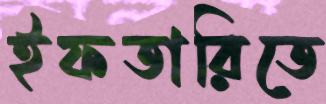
ইফতারিতে